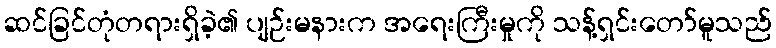
ဆင်ခြင်တုံတရားရှိခဲ့၏ ပျဉ်းမနားက အရေးကြီးမှုကို သန့်ရှင်းတော်မူသည်